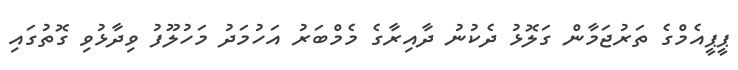
ޕީޕީއެމްގެ ތަރުޖަމާން ގަލޮޅު ދެކުނު ދާއިރާގެ މެމްބަރު އަހުމަދު މަހުލޫފު ވިދާޅުވި ގޮތުގައި